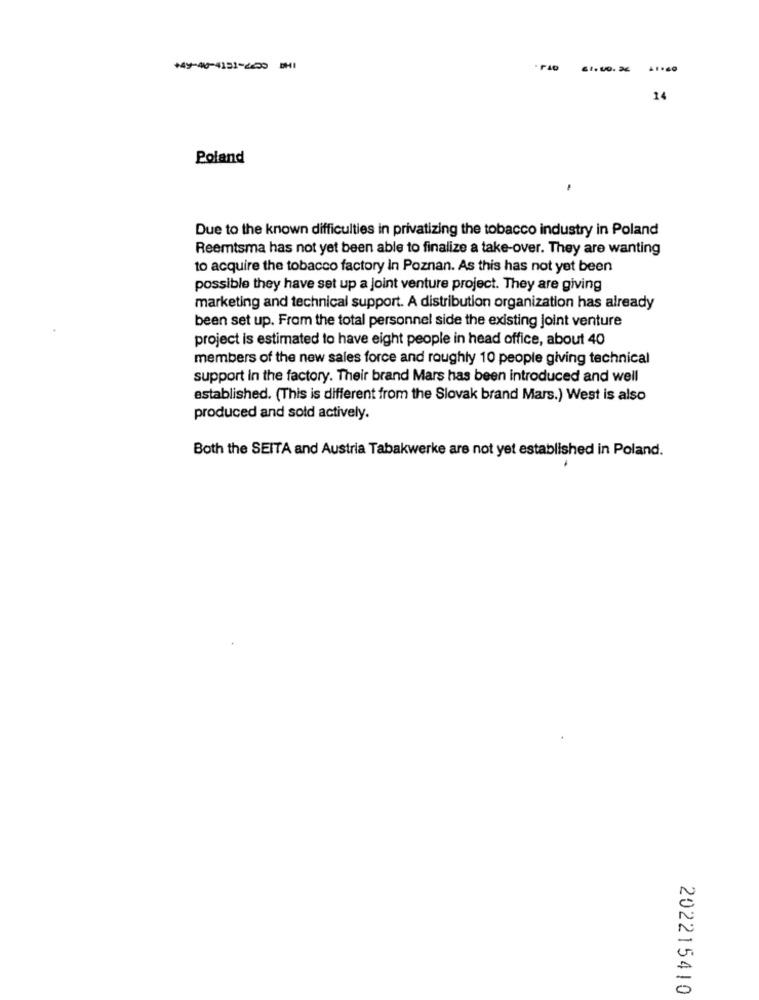
+49-40-4151-4-220 -1
24
Poland
.
Due to the known difficulties in privatizing the tobacco industry in Poland
Reemtsma has not yet been able to finalize a take-over. They are wanting
to acquire the tobacco factory in Poznan. As this has not yet been
possible they have set up a joint venture project. They are giving
marketing and technical support. A distribution organization has already
been set up. From the total personnel side the existing joint venture
project is estimated to have eight people in head office, about 40
members of the new sales force and roughly 10 people giving technical
support in the factory. Their brand Mars has been introduced and well
established. (This is different from the Slovak brand Mars.) West is also
produced and sold actively.
Both the SEITA and Austria Tabakwerke are not yet established in Poland.
202215410